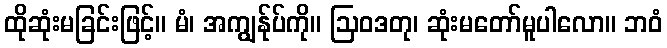
ထိုဆုံးမခြင်းဖြင့်။ မံ၊ အကျွန်ုပ်ကို။ ဩဝဒတု၊ ဆုံးမတော်မူပါလော။ ဘဝံ